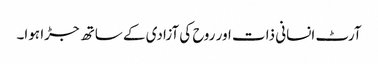
آرٹ انسانی ذات اور روح کی آزادی کے ساتھ جڑا ہوا۔